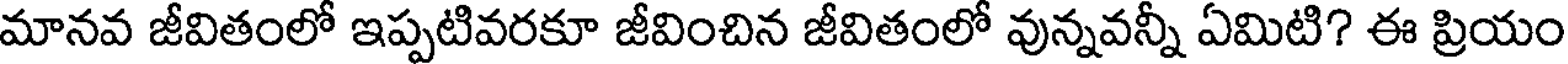
మానవ జీవితంలో ఇప్పటివరకూ జీవించిన జీవితంలో వున్నవన్నీ ఏమిటి? ఈ ప్రియం